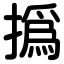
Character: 撝